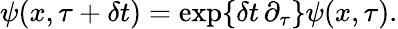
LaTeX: \psi(x,\tau+\delta t)=\exp\{ \delta t\, \partial_{\tau}\} \psi(x,\tau).